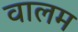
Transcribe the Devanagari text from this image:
वालम